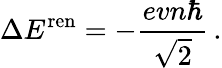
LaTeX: \Delta E^{\mathrm{ren}}=-\frac{evn\hbar}{\sqrt{2}}\, .